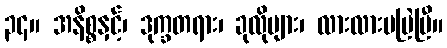
၃၄။ အနိစ္စနှင့်၊ ဒုက္ခတရား၊ ခုလိုများ၊ လားလားမမြဲပြီ။